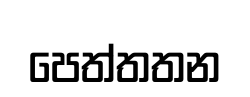
පෙත්තතන